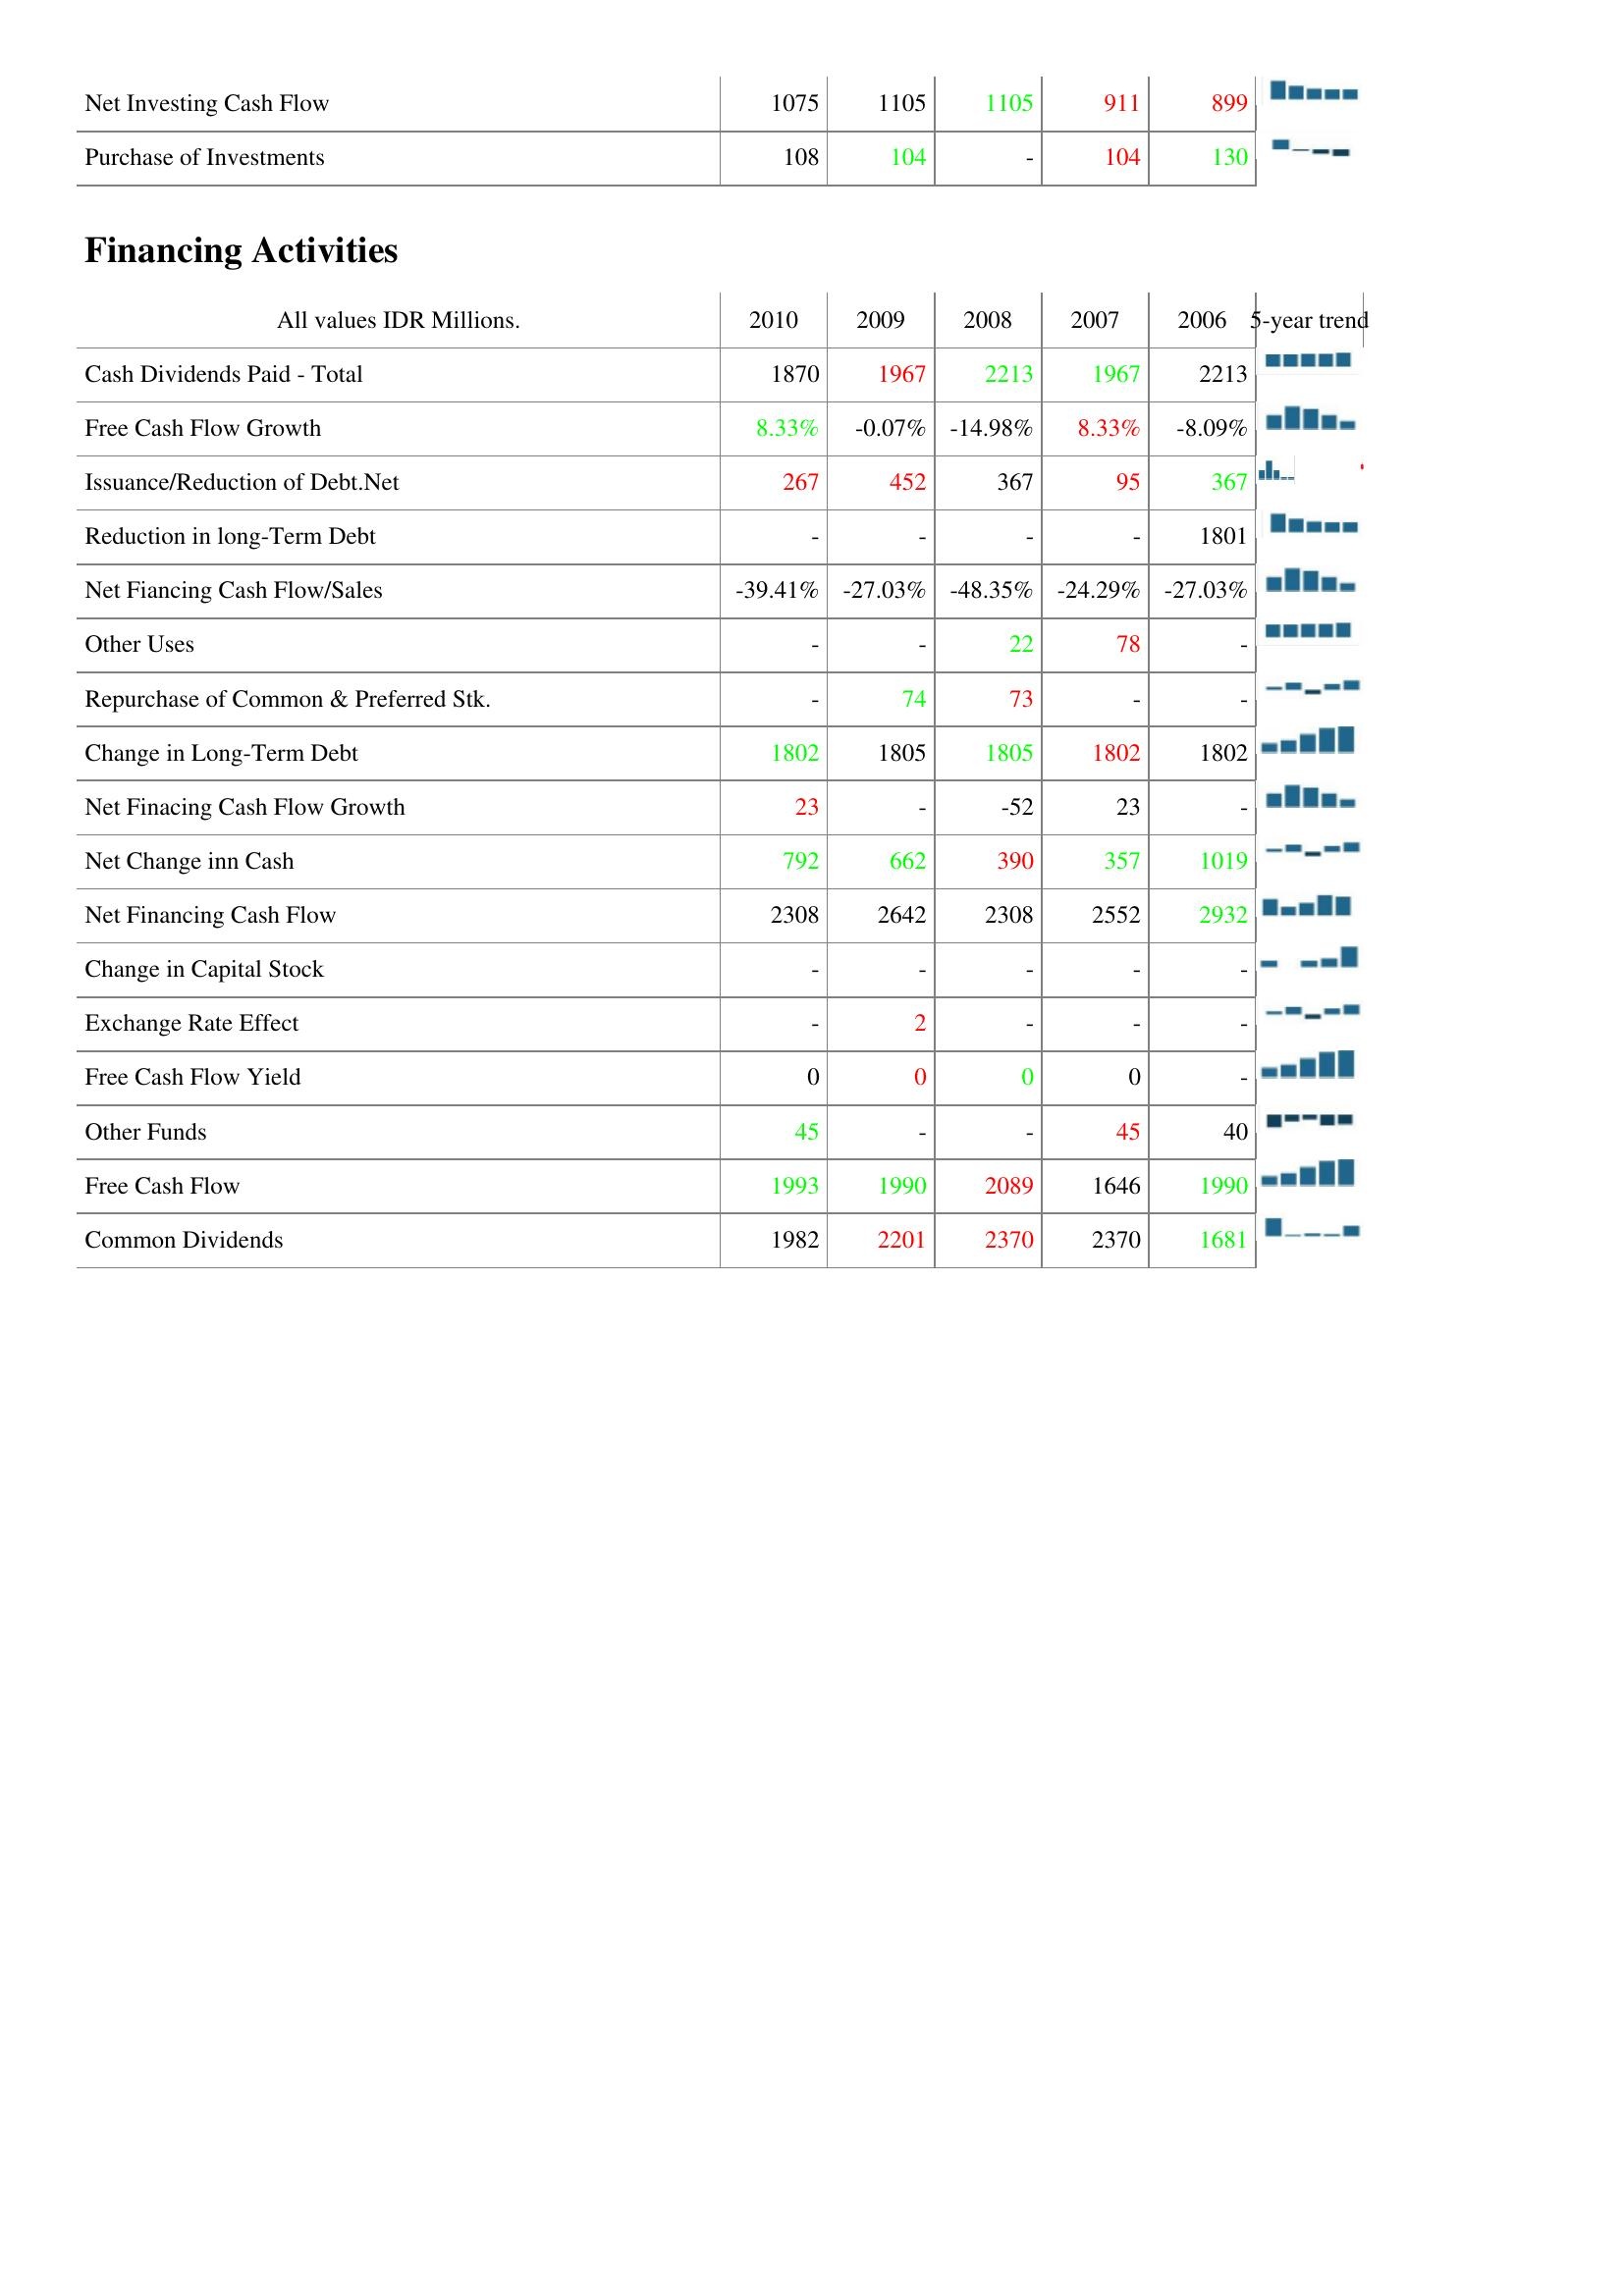
2010: Investing Activities: Net Investing Cash Flow: 1075
Purchase of Investments: 108
Financing Activities: Cash Dividends Paid - Total: 1870
Free Cash Flow Growth: 8.33%
Issuance/Reduction of Debt.Net: 267
Reduction in long-Term Debt: -
Net Fiancing Cash Flow/Sales: -39.41%
Other Uses: -
Repurchase of Common & Preferred Stk.: -
Change in Long-Term Debt: 1802
Net Finacing Cash Flow Growth: 23
Net Change inn Cash: 792
Net Financing Cash Flow: 2308
Change in Capital Stock: -
Exchange Rate Effect: -
Free Cash Flow Yield: 0
Other Funds: 45
Free Cash Flow: 1993
Common Dividends: 1982
2009: Investing Activities: Net Investing Cash Flow: 1105
Purchase of Investments: 104
Financing Activities: Cash Dividends Paid - Total: 1967
Free Cash Flow Growth: -0.07%
Issuance/Reduction of Debt.Net: 452
Reduction in long-Term Debt: -
Net Fiancing Cash Flow/Sales: -27.03%
Other Uses: -
Repurchase of Common & Preferred Stk.: 74
Change in Long-Term Debt: 1805
Net Finacing Cash Flow Growth: -
Net Change inn Cash: 662
Net Financing Cash Flow: 2642
Change in Capital Stock: -
Exchange Rate Effect: 2
Free Cash Flow Yield: 0
Other Funds: -
Free Cash Flow: 1990
Common Dividends: 2201
2008: Investing Activities: Net Investing Cash Flow: 1105
Purchase of Investments: -
Financing Activities: Cash Dividends Paid - Total: 2213
Free Cash Flow Growth: -14.98%
Issuance/Reduction of Debt.Net: 367
Reduction in long-Term Debt: -
Net Fiancing Cash Flow/Sales: -48.35%
Other Uses: 22
Repurchase of Common & Preferred Stk.: 73
Change in Long-Term Debt: 1805
Net Finacing Cash Flow Growth: -52
Net Change inn Cash: 390
Net Financing Cash Flow: 2308
Change in Capital Stock: -
Exchange Rate Effect: -
Free Cash Flow Yield: 0
Other Funds: -
Free Cash Flow: 2089
Common Dividends: 2370
2007: Investing Activities: Net Investing Cash Flow: 911
Purchase of Investments: 104
Financing Activities: Cash Dividends Paid - Total: 1967
Free Cash Flow Growth: 8.33%
Issuance/Reduction of Debt.Net: 95
Reduction in long-Term Debt: -
Net Fiancing Cash Flow/Sales: -24.29%
Other Uses: 78
Repurchase of Common & Preferred Stk.: -
Change in Long-Term Debt: 1802
Net Finacing Cash Flow Growth: 23
Net Change inn Cash: 357
Net Financing Cash Flow: 2552
Change in Capital Stock: -
Exchange Rate Effect: -
Free Cash Flow Yield: 0
Other Funds: 45
Free Cash Flow: 1646
Common Dividends: 2370
2006: Investing Activities: Net Investing Cash Flow: 899
Purchase of Investments: 130
Financing Activities: Cash Dividends Paid - Total: 2213
Free Cash Flow Growth: -8.09%
Issuance/Reduction of Debt.Net: 367
Reduction in long-Term Debt: 1801
Net Fiancing Cash Flow/Sales: -27.03%
Other Uses: -
Repurchase of Common & Preferred Stk.: -
Change in Long-Term Debt: 1802
Net Finacing Cash Flow Growth: -
Net Change inn Cash: 1019
Net Financing Cash Flow: 2932
Change in Capital Stock: -
Exchange Rate Effect: -
Free Cash Flow Yield: -
Other Funds: 40
Free Cash Flow: 1990
Common Dividends: 1681